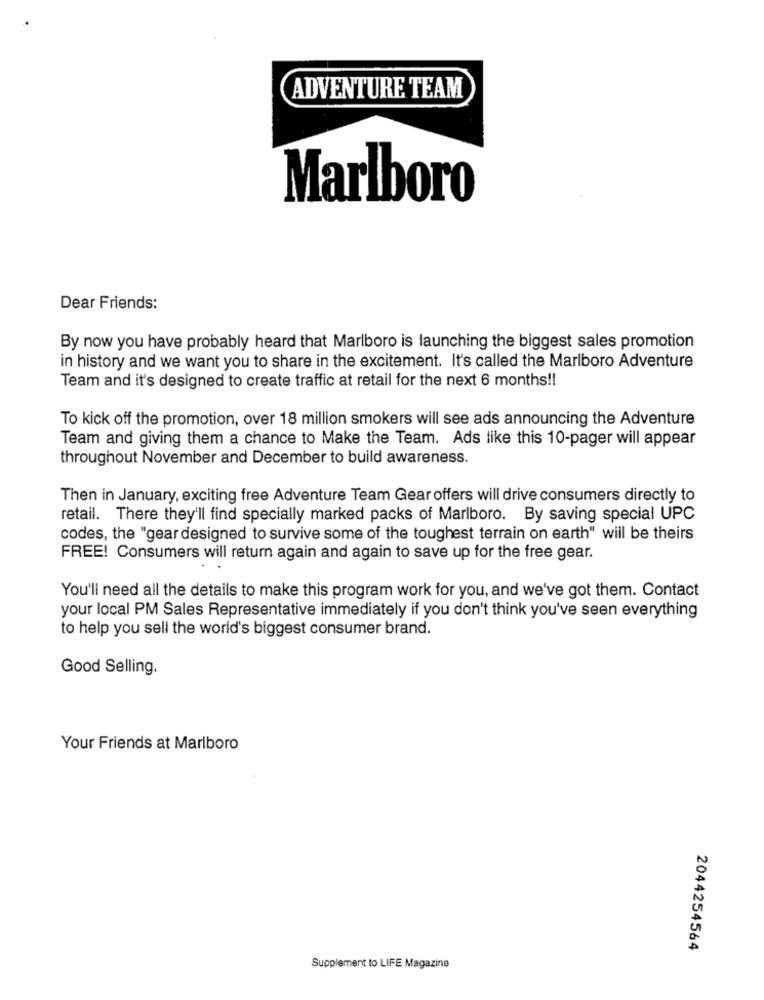
ADVENTURE TEAM
Marlboro
Dear Friends:
By now you have probably heard that Marlboro is launching the biggest sales promotion
in history and we want you to share in the excitement. It's called the Marlboro Adventure
Team and it's designed to create traffic at retail for the next 6 months !!
To kick off the promotion, over 18 million smokers will see ads announcing the Adventure
Team and giving them a chance to Make the Team. Ads like this 10-pager will appear
throughout November and December to build awareness.
Then in January, exciting free Adventure Team Gear offers will drive consumers directly to
retail. There they'll find specially marked packs of Marlboro. By saving special UPC
codes, the "gear designed to survive some of the toughest terrain on earth" will be theirs
FREE! Consumers will return again and again to save up for the free gear.
You'll need all the details to make this program work for you, and we've got them. Contact
your local PM Sales Representative immediately if you don't think you've seen everything
to help you sell the world's biggest consumer brand.
Good Selling.
Your Friends at Marlboro
2044254564
Supplement to LIFE Magazine